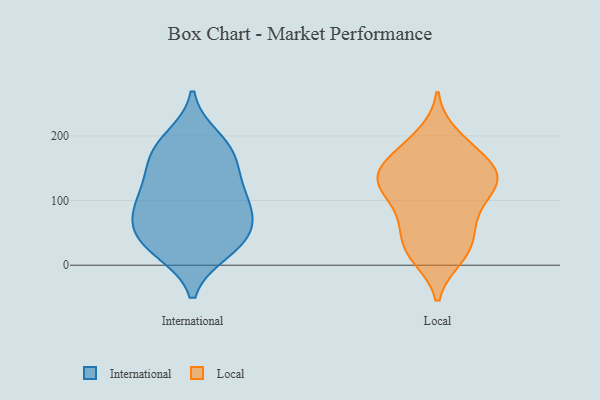
{"axis": {"x": "Waste Production (Tons)", "y": "Value"}, "legend": ["International", "Local"], "data": [{"x": "", "y": 82, "type": "International"}, {"x": "", "y": 136, "type": "International"}, {"x": "", "y": 93, "type": "International"}, {"x": "", "y": 168, "type": "International"}, {"x": "", "y": 32, "type": "International"}, {"x": "", "y": 183, "type": "International"}, {"x": "", "y": 58, "type": "International"}, {"x": "", "y": 196, "type": "International"}, {"x": "", "y": 22, "type": "International"}, {"x": "", "y": 109, "type": "International"}, {"x": "", "y": 167, "type": "International"}, {"x": "", "y": 27, "type": "International"}, {"x": "", "y": 72, "type": "International"}, {"x": "", "y": 116, "type": "International"}, {"x": "", "y": 49, "type": "International"}, {"x": "", "y": 33, "type": "Local"}, {"x": "", "y": 98, "type": "Local"}, {"x": "", "y": 16, "type": "Local"}, {"x": "", "y": 74, "type": "Local"}, {"x": "", "y": 138, "type": "Local"}, {"x": "", "y": 177, "type": "Local"}, {"x": "", "y": 200, "type": "Local"}, {"x": "", "y": 115, "type": "Local"}, {"x": "", "y": 117, "type": "Local"}, {"x": "", "y": 123, "type": "Local"}, {"x": "", "y": 13, "type": "Local"}, {"x": "", "y": 137, "type": "Local"}, {"x": "", "y": 65, "type": "Local"}, {"x": "", "y": 134, "type": "Local"}, {"x": "", "y": 57, "type": "Local"}, {"x": "", "y": 22, "type": "Local"}, {"x": "", "y": 150, "type": "Local"}, {"x": "", "y": 186, "type": "Local"}, {"x": "", "y": 158, "type": "Local"}, {"x": "", "y": 143, "type": "Local"}]}